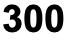
300